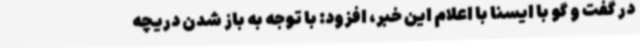
در گفت و گو با ایسنا با اعلام این خبر، افزود: با توجه به باز شدن دریچه